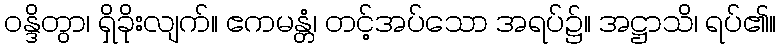
ဝန္ဒိတွာ၊ ရှိခိုးလျက်။ ဧကမန္တံ၊ တင့်အပ်သော အရပ်၌။ အဋ္ဌာသိ၊ ရပ်၏။